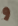
و